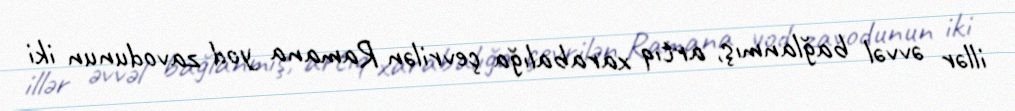
illər əvvəl bağlanmış, artıq xarabalığa çevrilən Ramana yod zavodunun iki